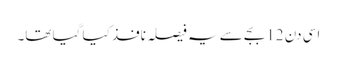
اسی دن 12 بجے سے یہ فیصلہ نافذ کیا گیا تھا۔